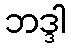
ဘဒ္ဒါ